Annual report on the mental hospital in the Central Provinces and Berar (Nagpur) - 1927-1951
Year: 1927
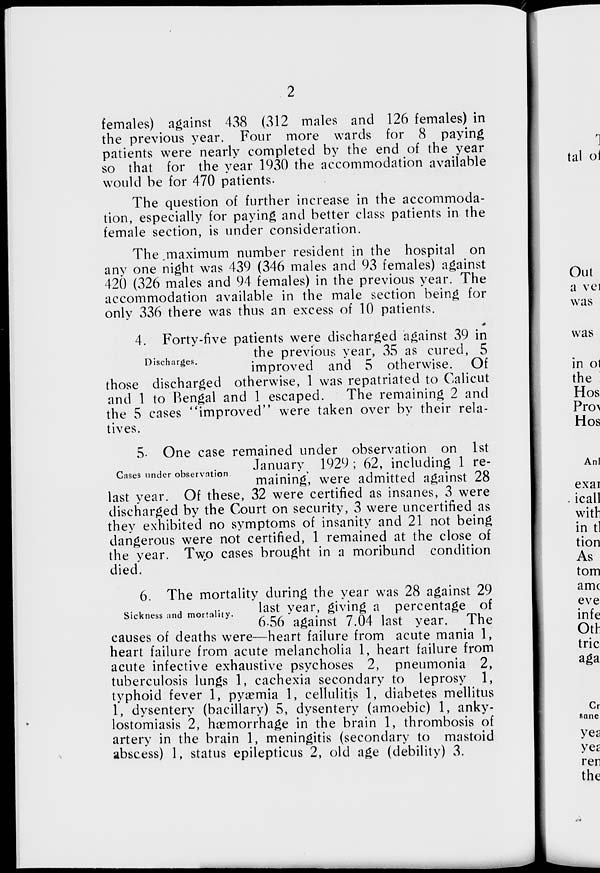
2
females) against 438 (312 males and 126 females) in
the previous year. Four more wards for 8 paying
patients were nearly completed by the end of the year
so that for the year 1930 the accommodation available
would be for 470 patients.
The question of further increase in the accommoda-
tion, especially for paying and better class patients in the
female section, is under consideration.
The maximum number resident in the hospital on
any one night was 439 (346 males and 93 females) against
420 (326 males and 94 females) in the previous year. The
accommodation available in the male section being for
only 336 there was thus an excess of 10 patients.
Discharges.
4. Forty-five patients were discharged against 39 in
the previous year, 35 as cured, 5
improved and 5 otherwise. Of
those discharged otherwise, 1 was repatriated to Calicut
and 1 to Bengal and 1 escaped.
The remaining 2 and
the 5 cases "improved" were taken over by their rela-
tives.
Cases under observation.
5. One case remained under observation on 1st
January 1929 ; 62, including 1 re-
maining, were admitted against 28
last year. Of these, 32 were certified as insanes, 3 were
discharged by the Court on security, 3 were uncertified as
they exhibited no symptoms of insanity and 21 not being
dangerous were not certified, 1 remained at the close of
the year. Two cases brought in a moribund condition
died.
Sickness and mortality.
6. The mortality during the year was 28 against 29
last year, giving a percentage of
6.56 against 7.04 last year. The
causes of deaths were—heart failure from acute mania 1,
heart failure from acute melancholia 1, heart failure from
acute infective exhaustive psychoses 2, pneumonia 2,
tuberculosis lungs 1, cachexia secondary to leprosy 1,
typhoid fever 1, pyæmia 1, cellulitis 1, diabetes mellitus
1, dysentery (bacillary) 5, dysentery (amoebic) 1, anky-
lostomiasis 2, hæmorrhage in the brain 1, thrombosis of
artery in the brain 1, meningitis (secondary to mastoid
abscess) 1, status epilepticus 2, old age (debility) 3.